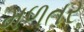
મળતર